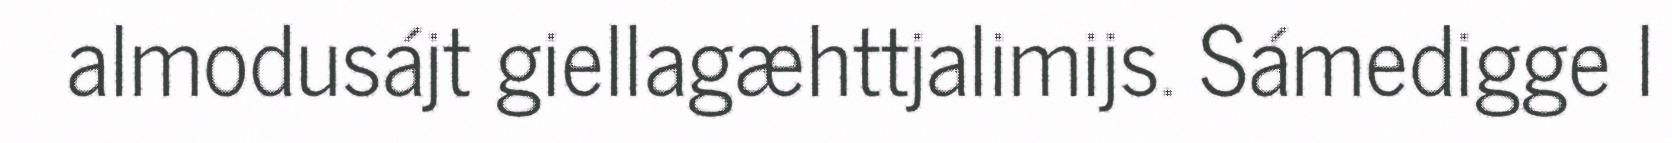
almodusájt giellagæhttjalimijs. Sámedigge l